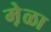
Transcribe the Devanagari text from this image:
मे़ळा